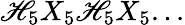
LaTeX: \mathscr{H}_{5}X_{5}\mathscr{H}_{5}X_{5}...